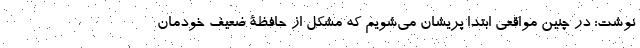
نوشت: در چنین مواقعی ابتدا پریشان می‌شویم که مشکل از حافظۀ ضعیف خودمان